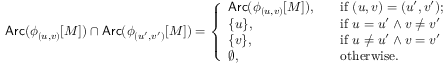
\mathsf { A r c } ( \phi _ { ( u , v ) } [ M ] ) \cap \mathsf { A r c } ( \phi _ { ( u ^ { \prime } , v ^ { \prime } ) } [ M ] ) = \left\{ \begin{array} { l l } { \mathsf { A r c } ( \phi _ { ( u , v ) } [ M ] ) , } & { \quad \mathrm { i f ~ } ( u , v ) = ( u ^ { \prime } , v ^ { \prime } ) ; } \\ { \{ u \} , } & { \quad \mathrm { i f ~ } u = u ^ { \prime } \land v \neq v ^ { \prime } } \\ { \{ v \} , } & { \quad \mathrm { i f ~ } u \neq u ^ { \prime } \land v = v ^ { \prime } } \\ { \emptyset , } & { \quad \mathrm { o t h e r w i s e . } } \end{array} \right.